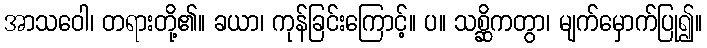
အာသဝေါ၊ တရားတို့၏။ ခယာ၊ ကုန်ခြင်းကြောင့်။ ပ။ သစ္ဆိကတွာ၊ မျက်မှောက်ပြု၍။